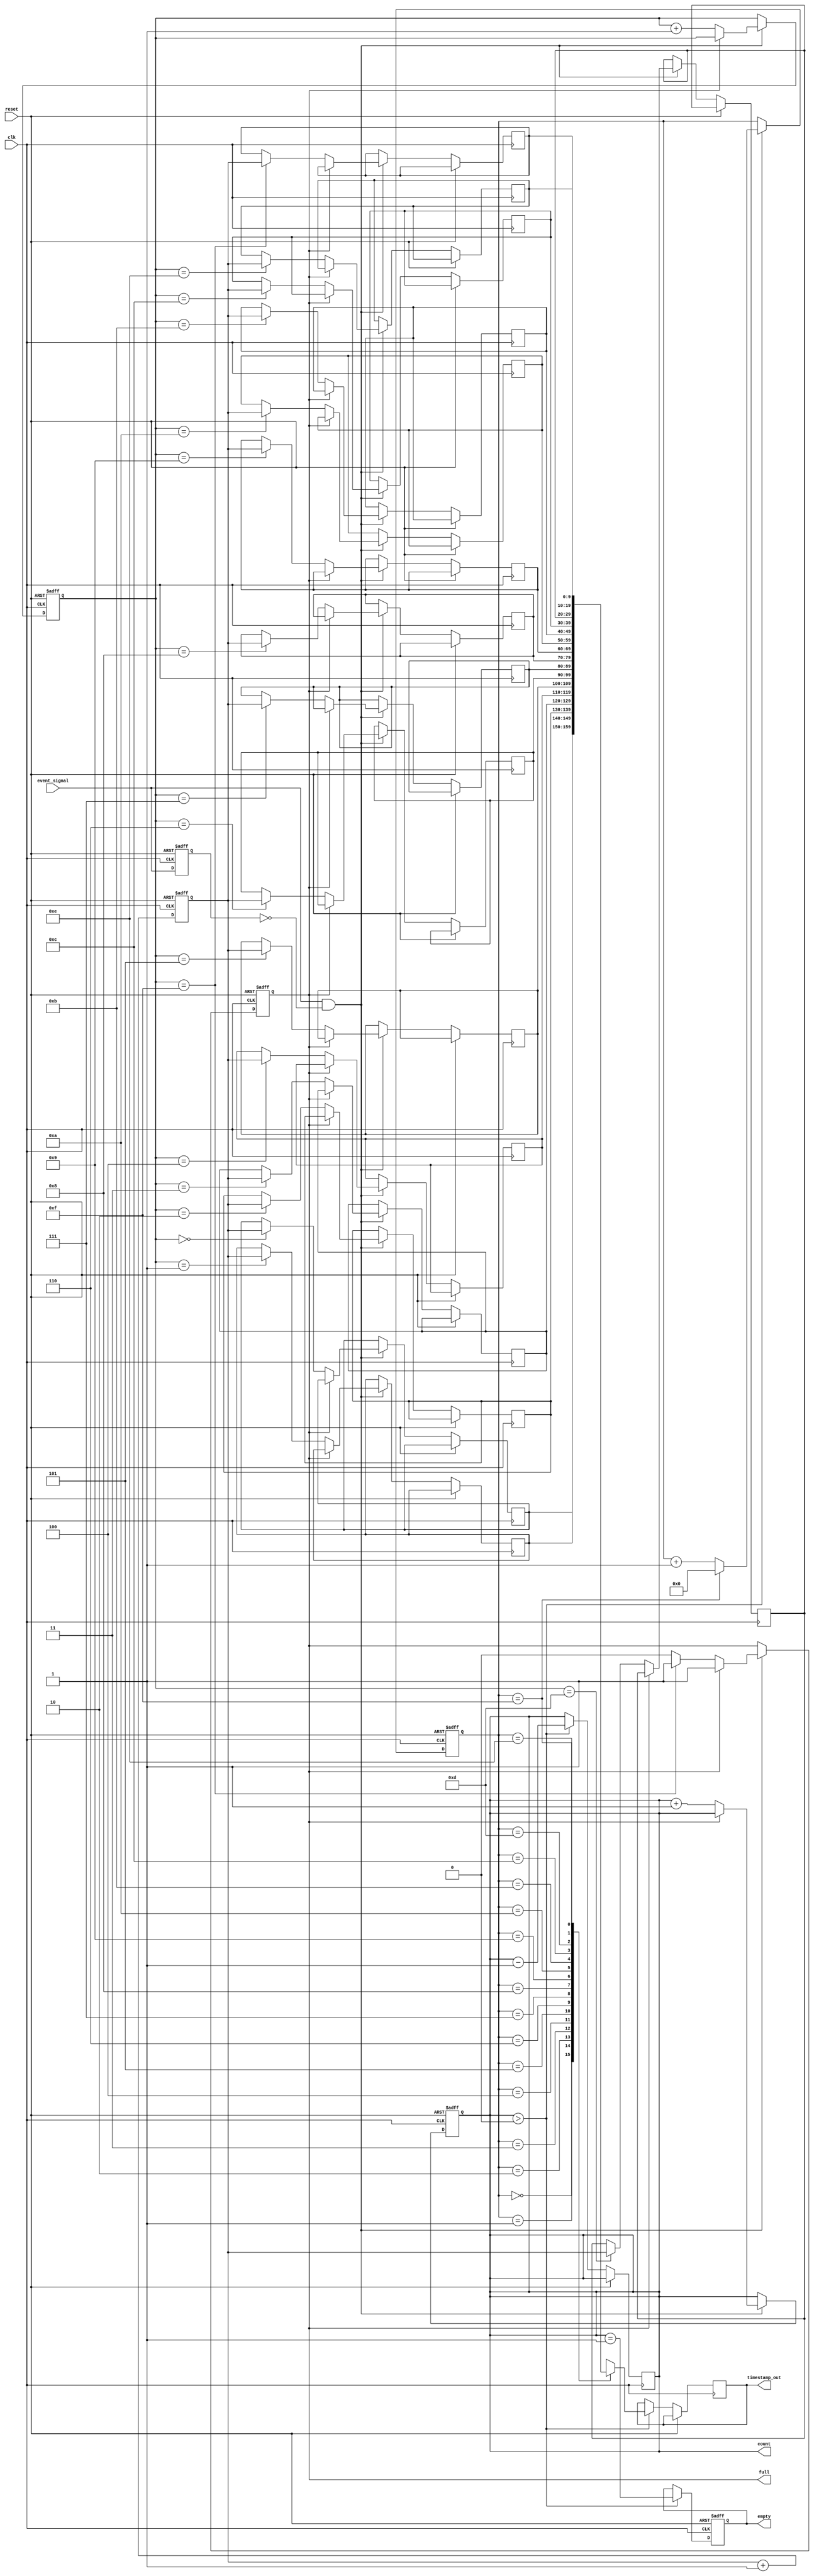
module MemoryBlocksEventTimerTDC #(
    parameter DEPTH = 16, // Depth of the FIFO memory
    parameter RESOLUTION = 10 // Time resolution (in ns, for instance)
)(
    input wire clk,             // High-frequency clock
    input wire reset,           // Reset signal
    input wire event_signal,    // Input event signal
    output reg [RESOLUTION-1:0] timestamp_out, // Output timestamp
    output reg full,            // Memory full indicator
    output reg empty,           // Memory empty indicator
    output reg [3:0] count      // Event count
);

// Internal Registers
reg [RESOLUTION-1:0] time_counter; // Time counter
reg [RESOLUTION-1:0] memory [0:DEPTH-1]; // Memory array for timestamps
reg [3:0] write_pointer; // Write pointer for FIFO
reg [3:0] read_pointer;  // Read pointer for FIFO
reg capturing;           // State variable for capturing events

// Edge detection and debouncing
reg event_signal_d; // Debounced signal
always @(posedge clk or posedge reset) begin
    if (reset) begin
        event_signal_d <= 1'b0;
    end else begin
        event_signal_d <= event_signal; // Simple debouncing
    end
end

// Time counter
always @(posedge clk or posedge reset) begin
    if (reset) begin
        time_counter <= 0;
    end else begin
        time_counter <= time_counter + 1; // Increment time counter
    end
end

// Event detection and timestamping
always @(posedge clk or posedge reset) begin
    if (reset) begin
        write_pointer <= 0;
        capturing <= 1'b0;
        full <= 1'b0;
        count <= 0;
    end else if (event_signal && !event_signal_d) begin // Rising edge detected
        if (!full) begin
            memory[write_pointer] <= time_counter; // Store timestamp
            write_pointer <= write_pointer + 1;
            count <= count + 1;
            if (write_pointer == DEPTH - 1) begin
                full <= 1'b1; // Set full flag
            end
        end
    end
end

// Read logic for timestamps
always @(posedge clk or posedge reset) begin
    if (reset) begin
        read_pointer <= 0;
        empty <= 1'b1;
    end else if (count > 0) begin
        timestamp_out <= memory[read_pointer]; // Output timestamp
        read_pointer <= read_pointer + 1;
        count <= count - 1;
        empty <= (count == 1); // Update empty flag
        if (read_pointer == DEPTH - 1) begin
            read_pointer <= 0; // Reset read pointer
        end
    end
end

endmodule